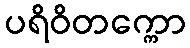
ပရိဝိတက္ကော